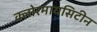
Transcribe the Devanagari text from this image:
क्लोरमायसिटीन